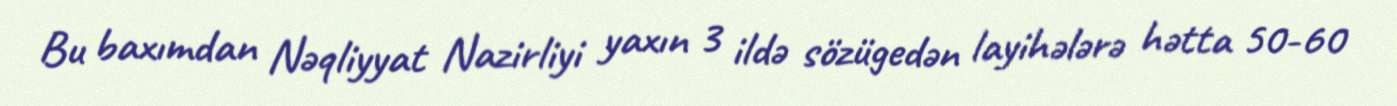
Bu baxımdan Nəqliyyat Nazirliyi yaxın 3 ildə sözügedən layihələrə hətta 50-60